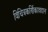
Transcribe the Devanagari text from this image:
विचित्रकर्णिकावदान